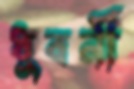
ধুবনী